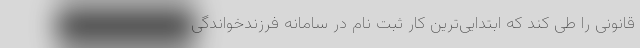
قانونی را طی کند که ابتدایی‌ترین کار ثبت نام در سامانه فرزندخواندگی